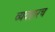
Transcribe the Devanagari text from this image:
व्यवहारच